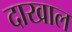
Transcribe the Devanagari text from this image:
दाखाल